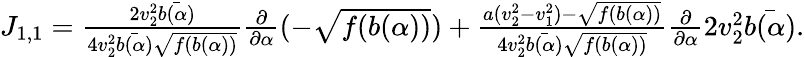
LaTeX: \begin{array}{r}{J_{1,1}=\frac{2v_{2}^{2}\bar{b(\alpha)}}{4v_{2}^{2}\bar{b(\alpha)}\sqrt{f(b(\alpha))}}\frac{\partial}{\partial\alpha}(-\sqrt{f(b(\alpha))})+\frac{a(v_{2}^{2}-v_{1}^{2})-\sqrt{f(b(\alpha))}}{4v_{2}^{2}\bar{b(\alpha)}\sqrt{f(b(\alpha))}}\frac{\partial}{\partial\alpha}2v_{2}^{2}\bar{b(\alpha)}.}\end{array}